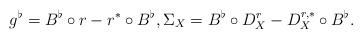
LaTeX: \begin{align*}g^\flat = B^\flat \circ r - r^*\circ B^\flat, \Sigma_X = B^\flat \circ D^{r}_X - D^{r,*}_X \circ B^\flat.\end{align*}